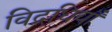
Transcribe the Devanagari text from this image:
विद्रधियाँ